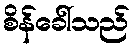
စိန်ခေါ်သည်